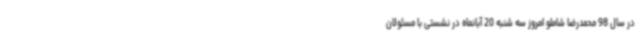
در سال 98 محمدرضا شاملو امروز سه شنبه 20 آبانماه در نشستی با مسئولان